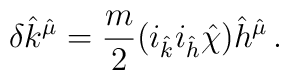
\delta {\hat k}^{\hat \mu}=\frac{m}{2}(i_{\hat k}i_{\hat h}{\hat \chi}){\hat h}^{\hat \mu}\, .